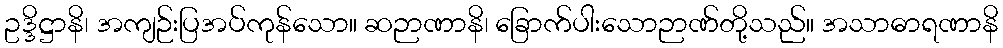
ဥဒ္ဒိဋ္ဌာနိ၊ အကျဉ်းပြအပ်ကုန်သော။ ဆဉာဏာနိ၊ ခြောက်ပါးသောဉာဏ်တို့သည်။ အသာဓာရဏာနိ